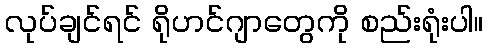
လုပ်ချင်ရင် ရိုဟင်ဂျာတွေကို စည်းရုံးပါ။